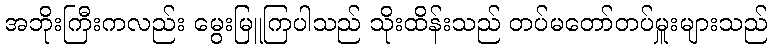
အဘိုးကြီးကလည်း မွေးမြူကြပါသည် သိုးထိန်းသည် တပ်မတော်တပ်မှူးများသည်